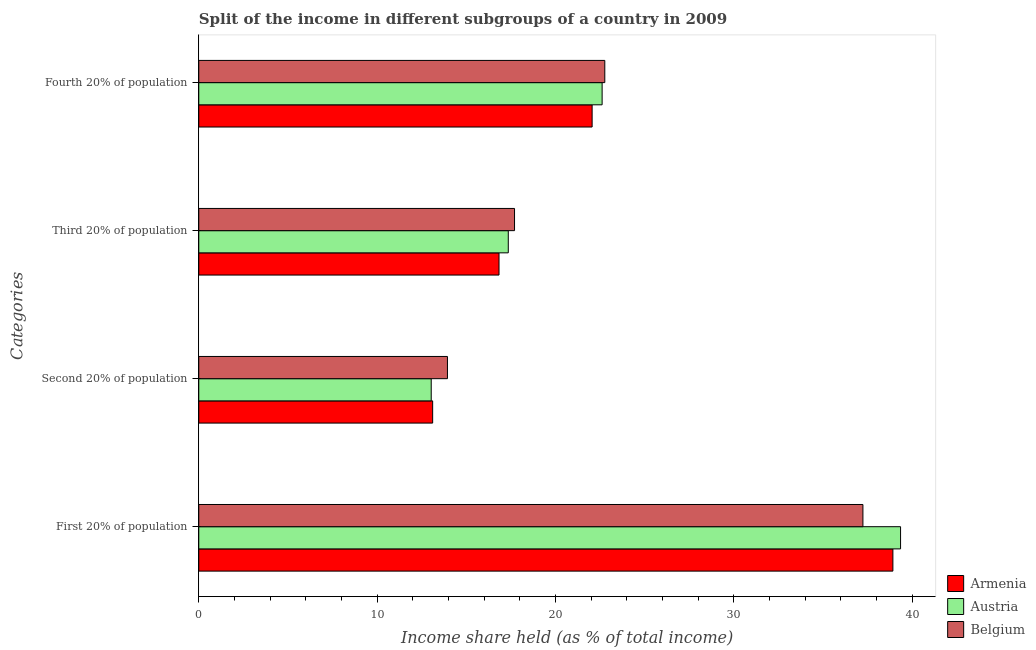
| Categories | Armenia | Austria | Belgium |
 | --- | --- | --- | --- |
 | First 20% of population | 38.9 | 39.3 | 37.2 |
 | Second 20% of population | 13.1 | 13 | 13.9 |
 | Third 20% of population | 16.8 | 17.4 | 17.7 |
 | Fourth 20% of population | 22.1 | 22.6 | 22.8 |